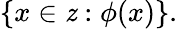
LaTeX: \{ x\in\mathit{z}:\phi(x)\} .